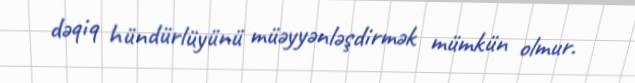
dəqiq hündürlüyünü müəyyənləşdirmək mümkün olmur.